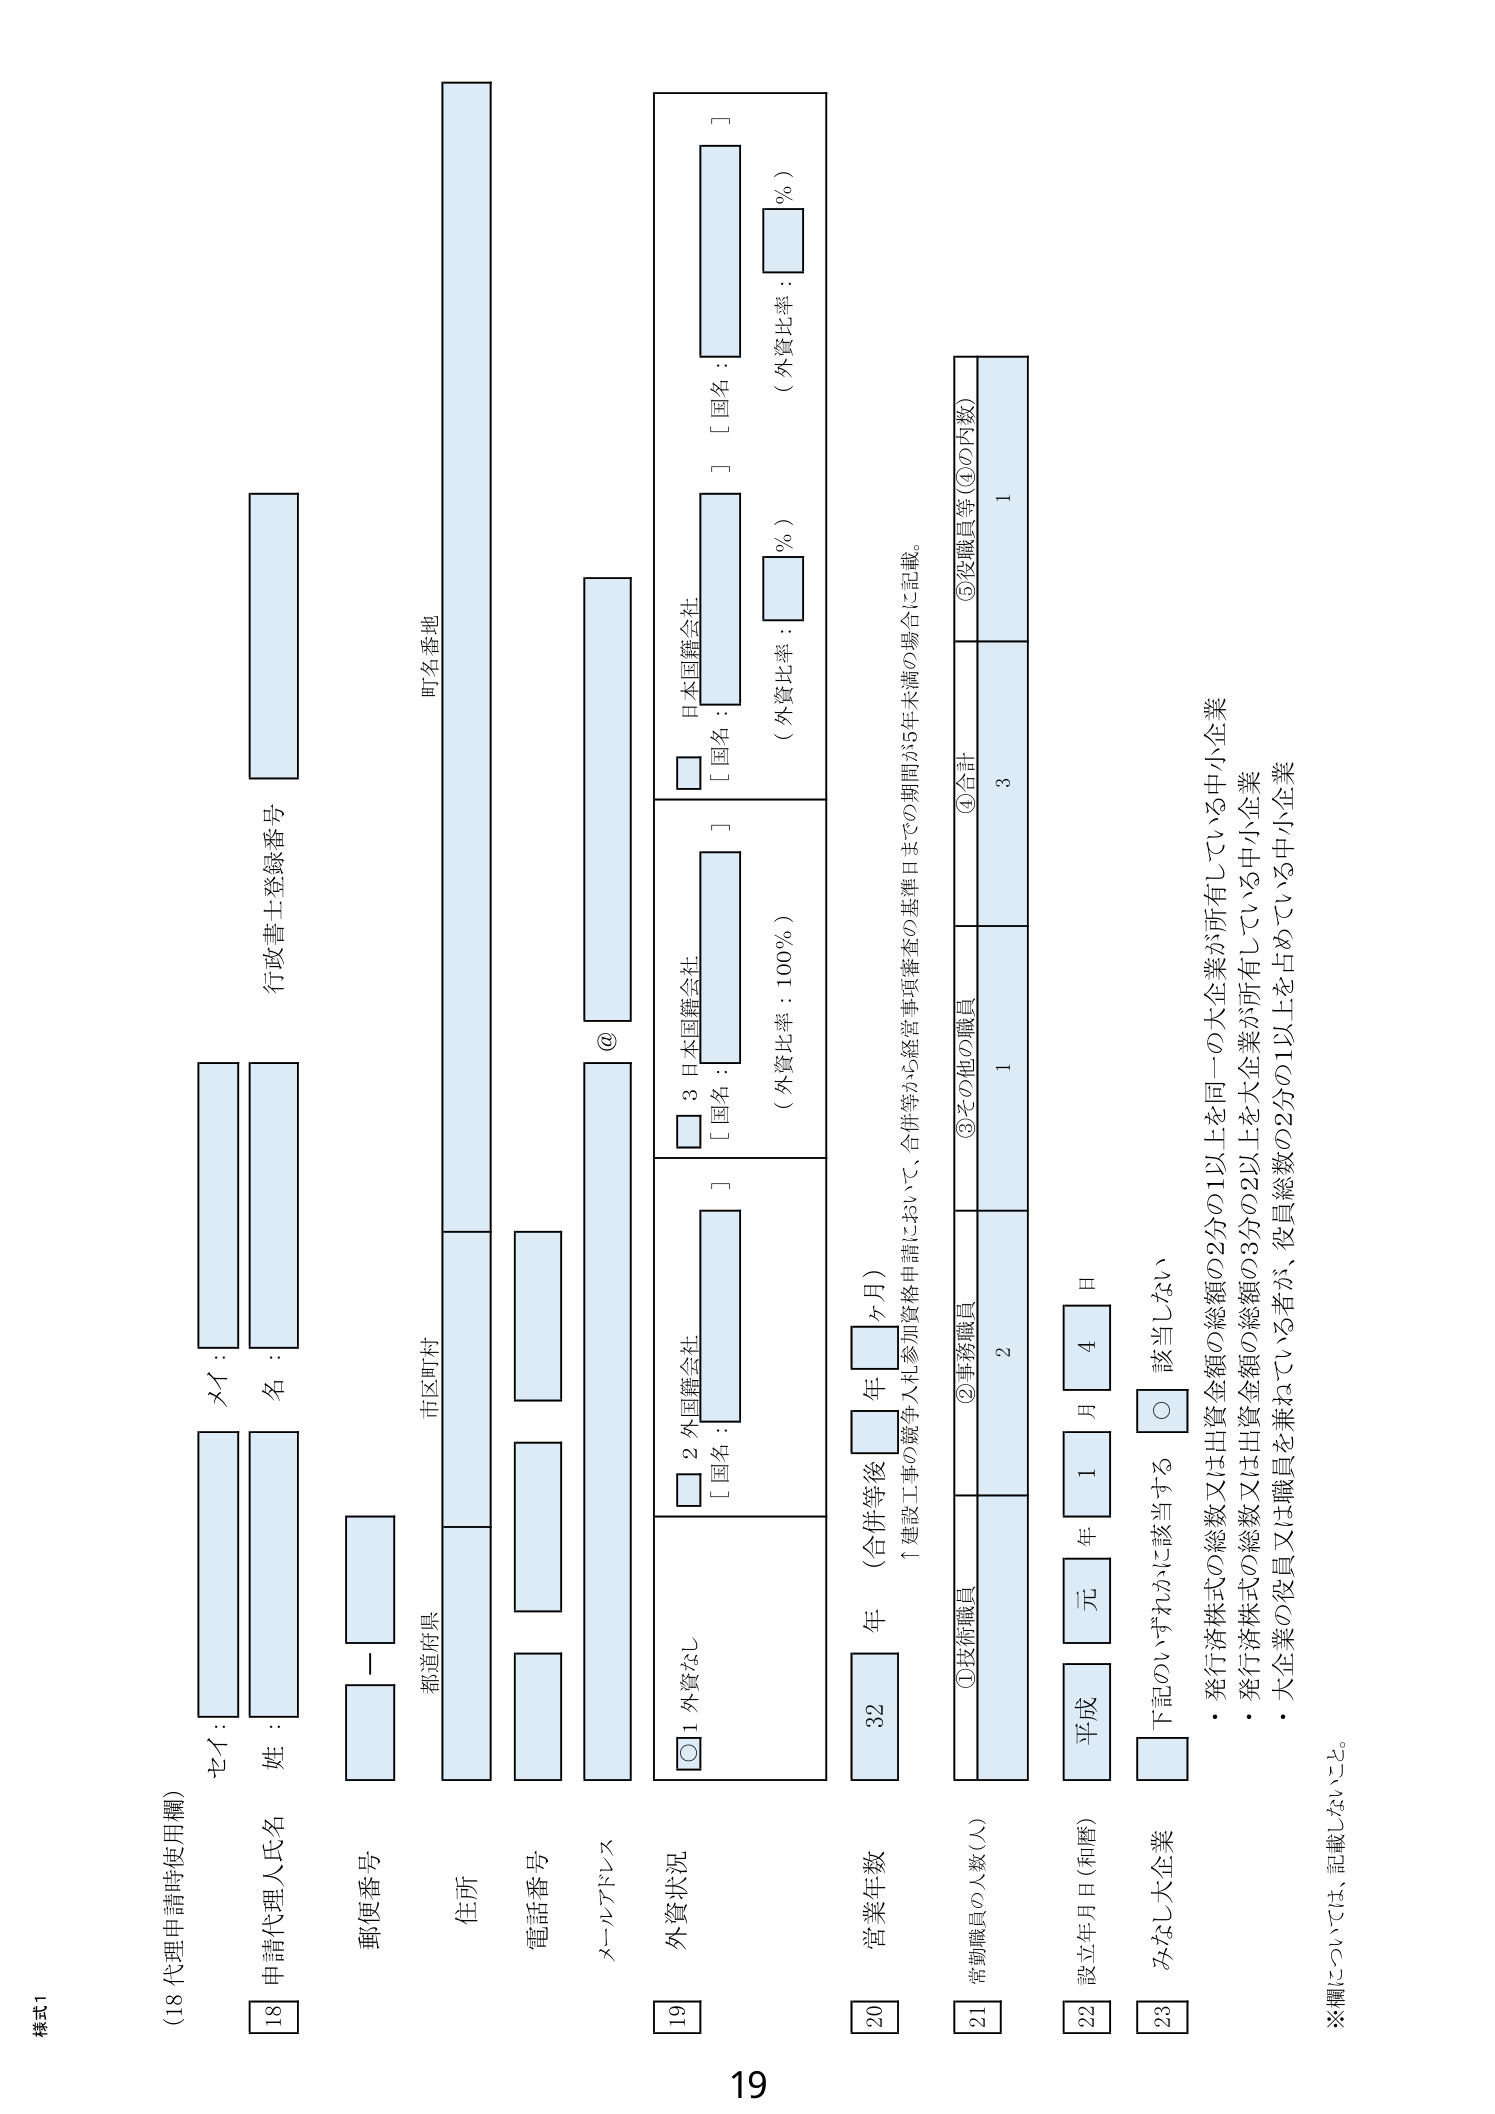
様式1
（18 代理申請時使用欄）
セイ：
メイ：
18 申請代理人氏名
姓：
名：
行政書士登録番号
郵便番号
都道府県
市区町村
町名番地
住所
電話番号
メールアドレス
@
19 外資状況
○ 1 外資なし
□ 2 外国籍会社
［国名： ］
（外資比率：100％）
□ 3 日本国籍会社
［国名： ］
（外資比率： ％）
□ 日本国籍会社
［国名： ］
（外資比率： ％）
20 営業年数
32 年（合併等後 □ 年 □ ヶ月）
↑建設工事の競争入札参加資格申請において、合併等から経営事項審査の基準日までの期間が5年未満の場合に記載。
21 常勤職員の人数（人）
①技術職員
②事務職員
③その他の職員
④合計
⑤役職員等（④の内数）
2
1
3
1
22 設立年月日（和暦）
平成
元 年
1 月
4 日
23 みなし大企業
□ 該当しない
・発行済株式の総額の2分の1以上を同一の大企業が所有している中小企業
・発行済株式の総額の3分の2以上を大企業が所有している中小企業
・大企業の役員又は職員を兼ねている者が、役員総数の2分の1以上を占めている中小企業
※欄については、記載しないこと。
19